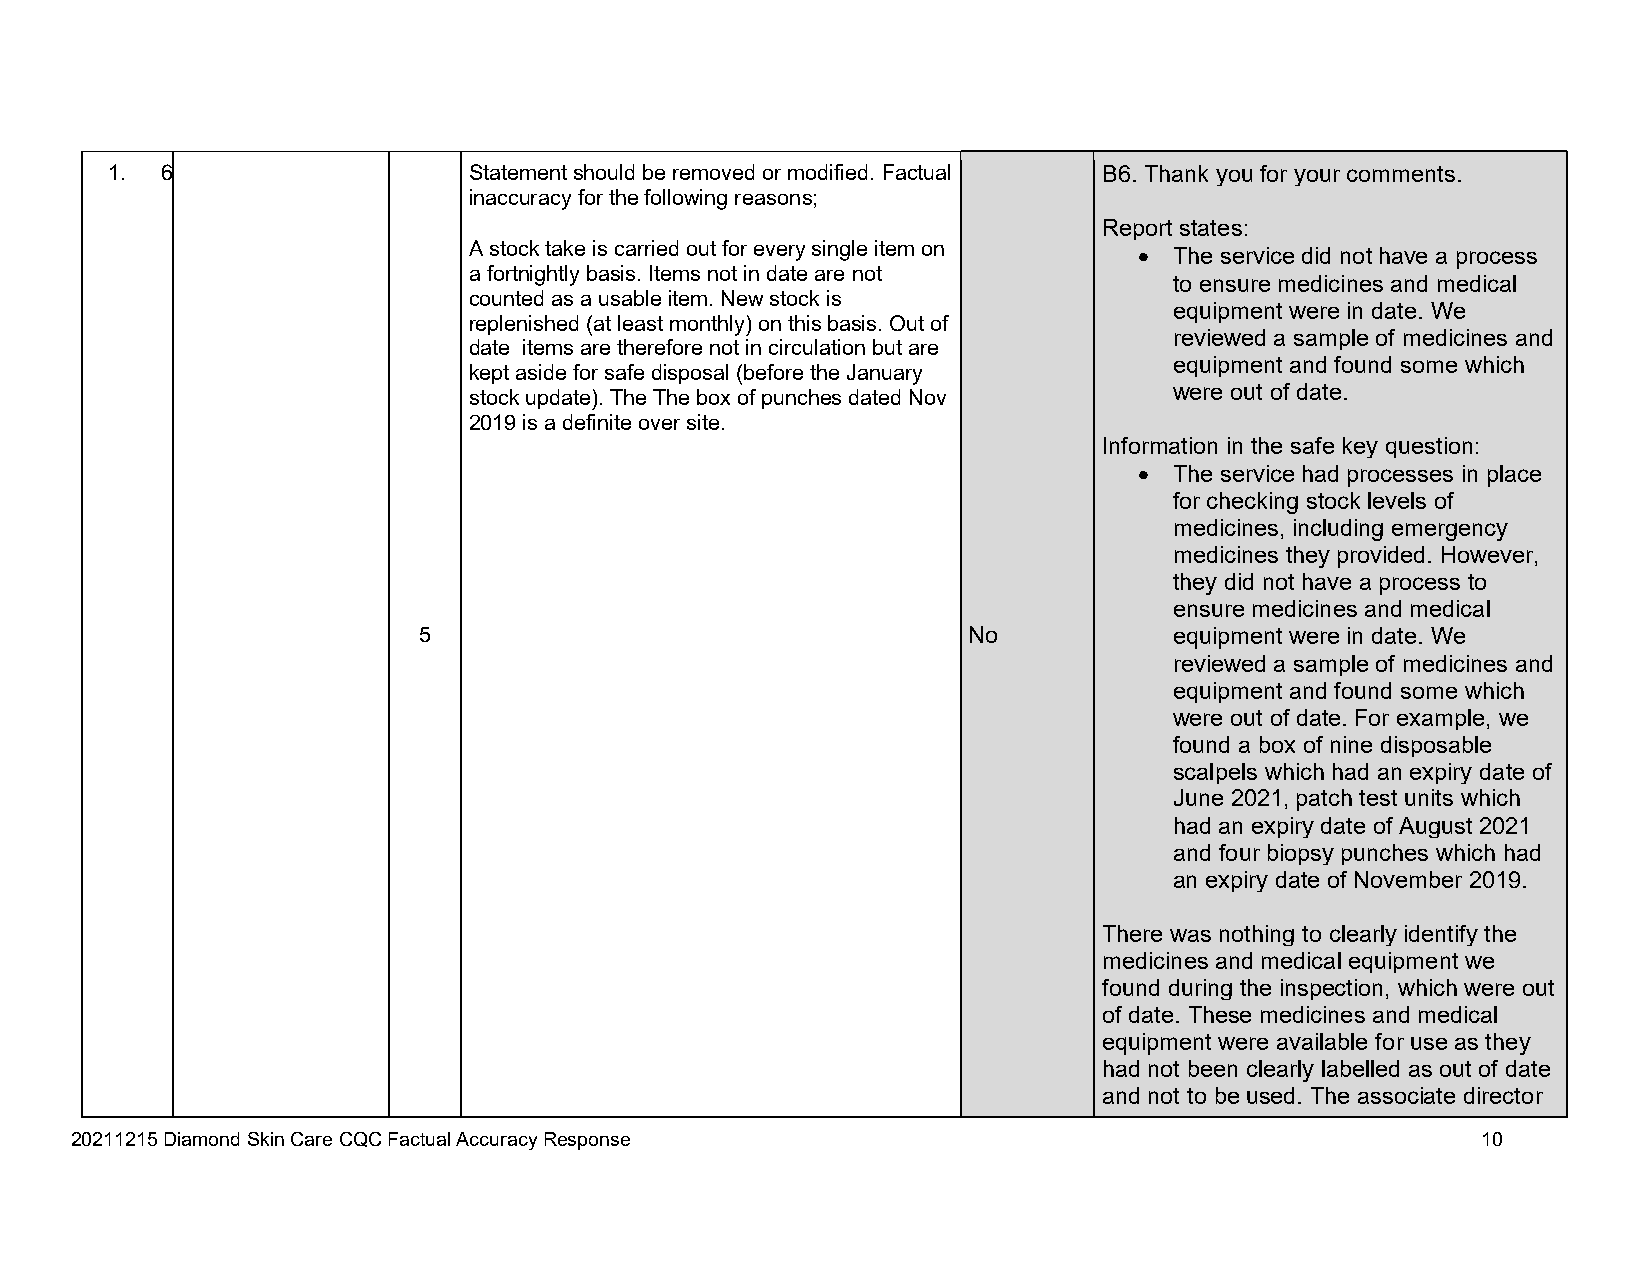
1.  6                   Statement should be removed or modified. Factual B6. Thank you for your comments.
 inaccuracy for the following reasons;
 Report states:
 A stock take is carried out for every single item on
   The service did not have a process
 a fortnightly basis. Items not in date are not
 to ensure medicines and medical
 counted as a usable item. New stock is
 equipment were in date. We
 replenished (at least monthly) on this basis. Out of
 reviewed a sample of medicines and
 date items are therefore not in circulation but are
 equipment and found some which
 kept aside for safe disposal (before the January
 were out of date.
 stock update). The The box of punches dated Nov
 2019 is a definite over site.
 Information in the safe key question:
   The service had processes in place
 for checking stock levels of
 medicines, including emergency
 medicines they provided. However,
 they did not have a process to
 ensure medicines and medical
 5                                   No            equipment were in date. We
 reviewed a sample of medicines and
 equipment and found some which
 were out of date. For example, we
 found a box of nine disposable
 scalpels which had an expiry date of
 June 2021, patch test units which
 had an expiry date of August 2021
 and four biopsy punches which had
 an expiry date of November 2019.
 There was nothing to clearly identify the
 medicines and medical equipment we
 found during the inspection, which were out
 of date. These medicines and medical
 equipment were available for use as they
 had not been clearly labelled as out of date
 and not to be used. The associate director
 20211215 Diamond Skin Care CQC Factual Accuracy Response                                     10